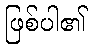
ဖြစ်ပါ၏